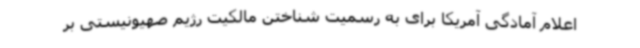
اعلام آمادگی آمریکا برای به رسمیت شناختن مالکیت رژیم صهیونیستی بر